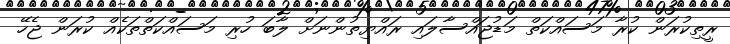
ރީތިކުރަން ކުރާ މަސައްކަތް މަޑުޖައްސާލައި ރައްޔިތުންނަށް ލާބަ ހުރި މަސައްކަތްތަކެއް ކުރަން ޖެހޭ